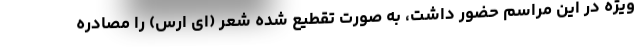
ویژه در این مراسم حضور داشت، به صورت تقطیع شده شعر (ای ارس) را مصادره